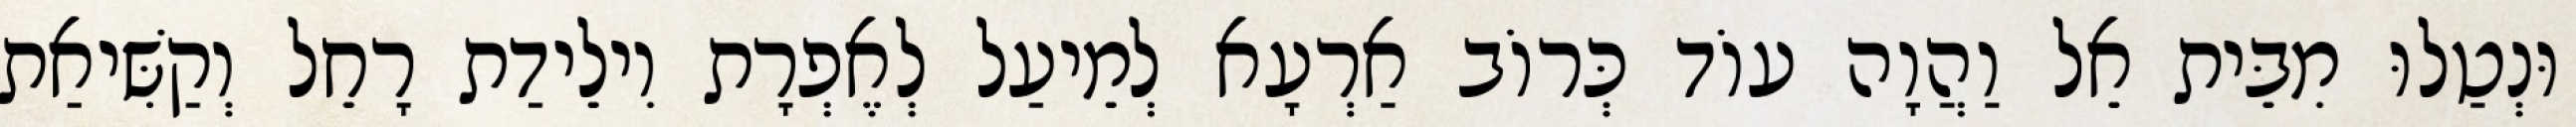
וּנְטַלוּ מִבֵּית אֵל וַהֲוָה עוֹד כְּרוֹב אַרְעָא לְמֵיעַל לְאֶפְרָת וִילֵידַת רָחֵל וְקַשִּׁיאַת